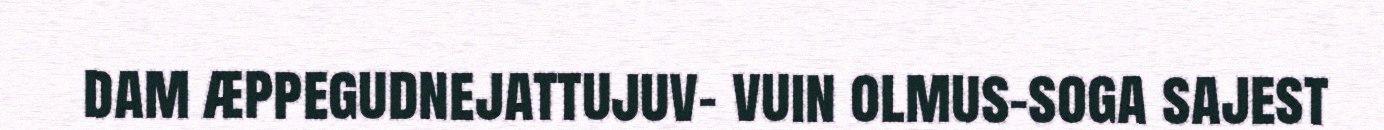
dam æppegudnejattujuv- vuin olmus-soga sajest